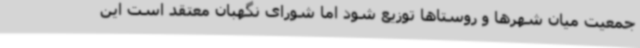
جمعیت میان شهرها و روستاها توزیع شود اما شورای نگهبان معتقد است این